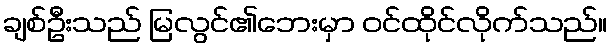
ချစ်ဦးသည် မြလွင်၏ဘေးမှာ ဝင်ထိုင်လိုက်သည်။